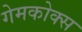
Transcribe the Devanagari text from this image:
गेमकोक्स